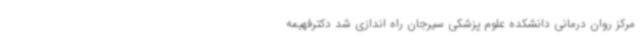
مرکز روان درمانی دانشکده علوم پزشکی سیرجان راه اندازی شد دکترفهیمه